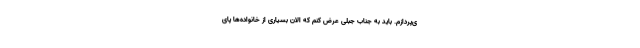
ی‌پردازم. باید به جناب جبلی عرض کنم که الان بسیاری از خانواده‌ها پای